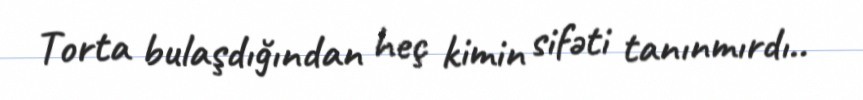
Torta bulaşdığından heç kimin sifəti tanınmırdı..